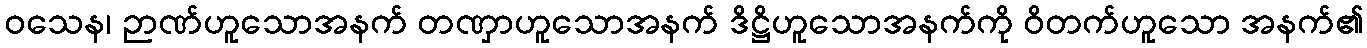
ဝသေန၊ ဉာဏ်ဟူသောအနက် တဏှာဟူသောအနက် ဒိဋ္ဌိဟူသောအနက်ကို ဝိတက်ဟူသော အနက်၏